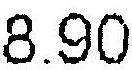
8.90